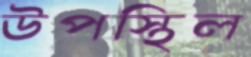
উপস্থিল